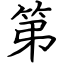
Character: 第